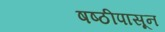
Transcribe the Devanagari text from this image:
षष्ठीपासून